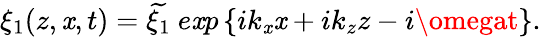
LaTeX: \xi_{1}(z,\mathit{x},t)=\widetilde{{\xi_{1}}}\ e\mathit{x}p\left\{ ik_{\mathit{x}}\mathit{x}+ik_{z}z-i\omegat\right\} .